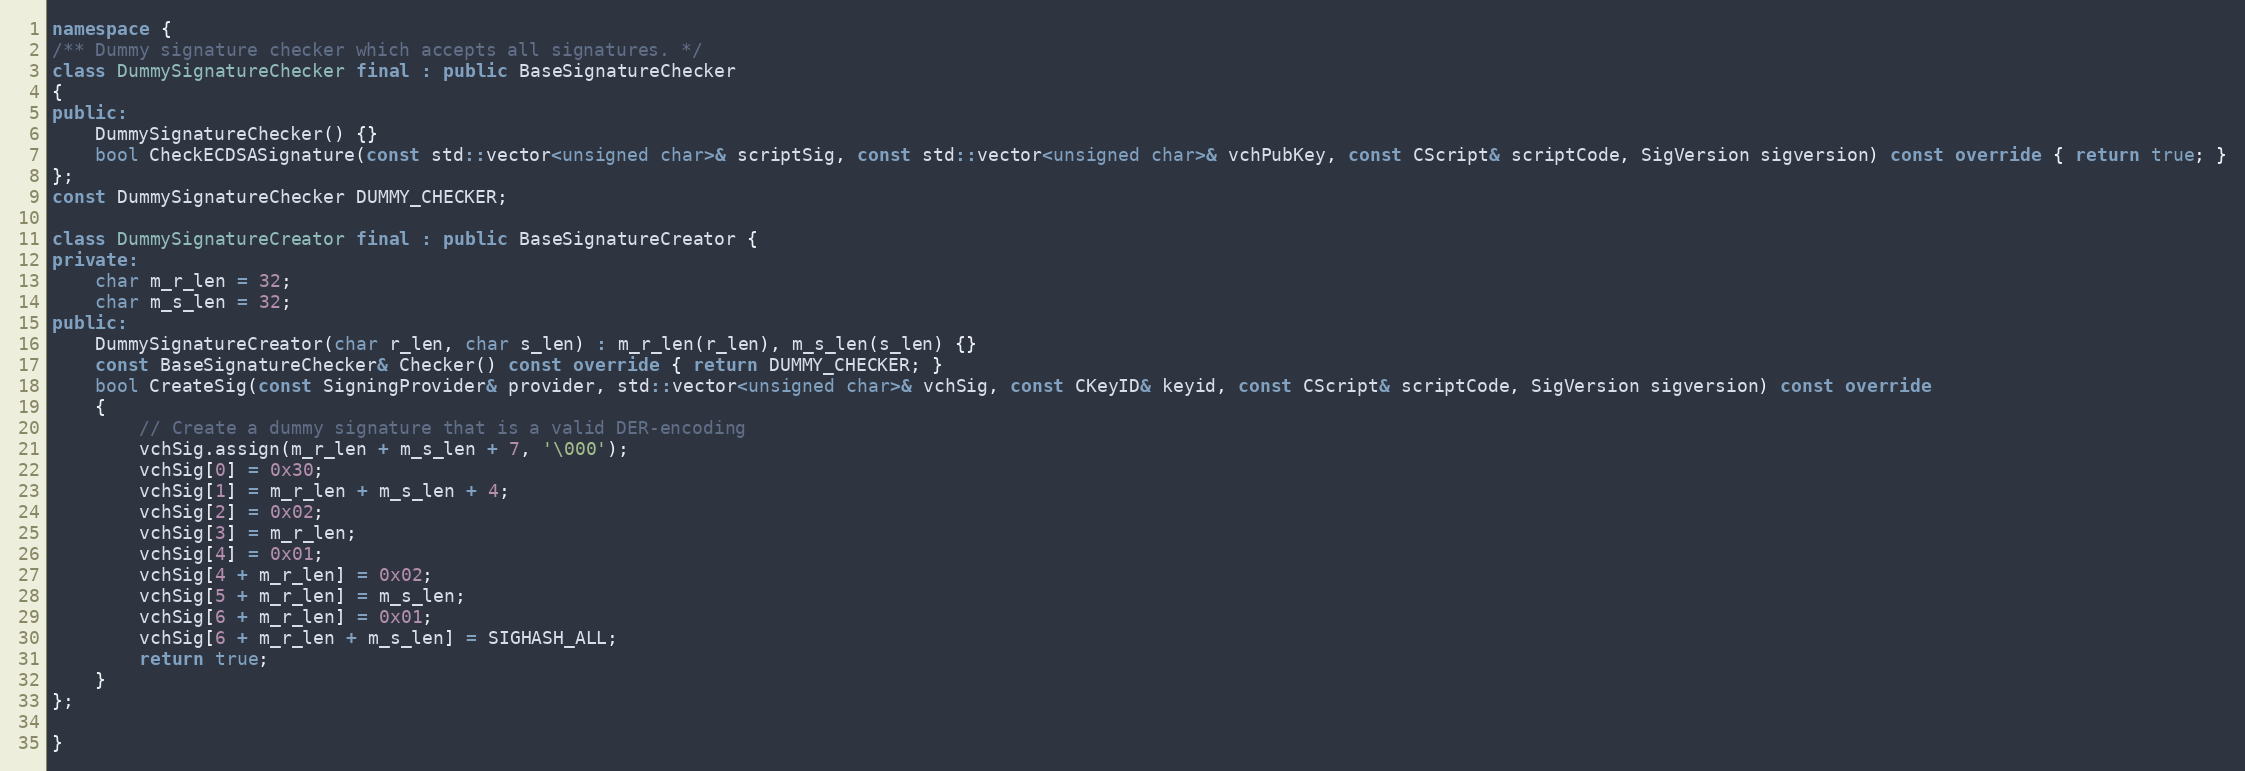
Language: C++
namespace {
/** Dummy signature checker which accepts all signatures. */
class DummySignatureChecker final : public BaseSignatureChecker
{
public:
    DummySignatureChecker() {}
    bool CheckECDSASignature(const std::vector<unsigned char>& scriptSig, const std::vector<unsigned char>& vchPubKey, const CScript& scriptCode, SigVersion sigversion) const override { return true; }
};
const DummySignatureChecker DUMMY_CHECKER;

class DummySignatureCreator final : public BaseSignatureCreator {
private:
    char m_r_len = 32;
    char m_s_len = 32;
public:
    DummySignatureCreator(char r_len, char s_len) : m_r_len(r_len), m_s_len(s_len) {}
    const BaseSignatureChecker& Checker() const override { return DUMMY_CHECKER; }
    bool CreateSig(const SigningProvider& provider, std::vector<unsigned char>& vchSig, const CKeyID& keyid, const CScript& scriptCode, SigVersion sigversion) const override
    {
        // Create a dummy signature that is a valid DER-encoding
        vchSig.assign(m_r_len + m_s_len + 7, '\000');
        vchSig[0] = 0x30;
        vchSig[1] = m_r_len + m_s_len + 4;
        vchSig[2] = 0x02;
        vchSig[3] = m_r_len;
        vchSig[4] = 0x01;
        vchSig[4 + m_r_len] = 0x02;
        vchSig[5 + m_r_len] = m_s_len;
        vchSig[6 + m_r_len] = 0x01;
        vchSig[6 + m_r_len + m_s_len] = SIGHASH_ALL;
        return true;
    }
};

}